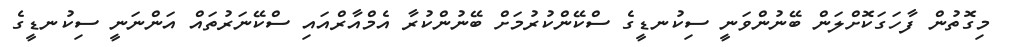
މިގޮތުން ފާހަގަކޮށްލަން ބޭނުންވަނީ ސިކުނޑީގެ ސްކޭންކުރުމަށް ބޭނުންކުރާ އެމްއާރްއައި ސްކޭނަރުތައް އަންނަނީ ސިކުނޑީގެ